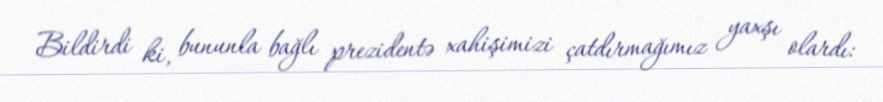
Bildirdi ki, bununla bağlı prezidentə xahişimizi çatdırmağımız yaxşı olardı: